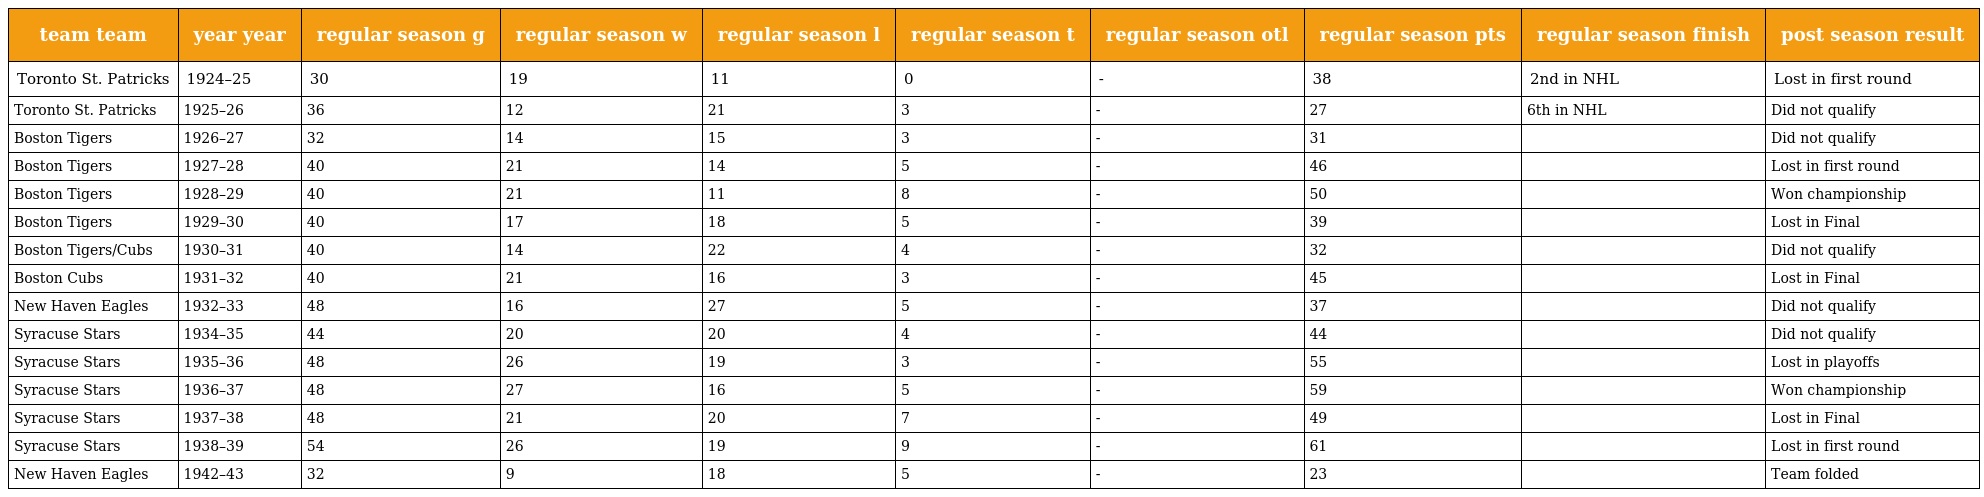
| team team | year year | regular season g | regular season w | regular season l | regular season t | regular season otl | regular season pts | regular season finish | post season result |
 | --- | --- | --- | --- | --- | --- | --- | --- | --- | --- |
 | Toronto St. Patricks | 1924–25 | 30 | 19 | 11 | 0 | - | 38 | 2nd in NHL | Lost in first round |
 | Toronto St. Patricks | 1925–26 | 36 | 12 | 21 | 3 | - | 27 | 6th in NHL | Did not qualify |
 | Boston Tigers | 1926–27 | 32 | 14 | 15 | 3 | - | 31 |  | Did not qualify |
 | Boston Tigers | 1927–28 | 40 | 21 | 14 | 5 | - | 46 |  | Lost in first round |
 | Boston Tigers | 1928–29 | 40 | 21 | 11 | 8 | - | 50 |  | Won championship |
 | Boston Tigers | 1929–30 | 40 | 17 | 18 | 5 | - | 39 |  | Lost in Final |
 | Boston Tigers/Cubs | 1930–31 | 40 | 14 | 22 | 4 | - | 32 |  | Did not qualify |
 | Boston Cubs | 1931–32 | 40 | 21 | 16 | 3 | - | 45 |  | Lost in Final |
 | New Haven Eagles | 1932–33 | 48 | 16 | 27 | 5 | - | 37 |  | Did not qualify |
 | Syracuse Stars | 1934–35 | 44 | 20 | 20 | 4 | - | 44 |  | Did not qualify |
 | Syracuse Stars | 1935–36 | 48 | 26 | 19 | 3 | - | 55 |  | Lost in playoffs |
 | Syracuse Stars | 1936–37 | 48 | 27 | 16 | 5 | - | 59 |  | Won championship |
 | Syracuse Stars | 1937–38 | 48 | 21 | 20 | 7 | - | 49 |  | Lost in Final |
 | Syracuse Stars | 1938–39 | 54 | 26 | 19 | 9 | - | 61 |  | Lost in first round |
 | New Haven Eagles | 1942–43 | 32 | 9 | 18 | 5 | - | 23 |  | Team folded |